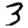
Digit: 3